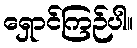
ရှောင်ကြဉ်ပါ။